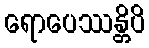
ရောပေဿန္တိပိ